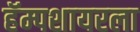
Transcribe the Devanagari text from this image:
हॅम्पशायरला